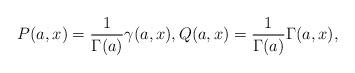
LaTeX: \begin{align*}P(a,x)=\frac{1}{\Gamma(a)}\gamma(a,x), Q(a,x)=\frac{1}{\Gamma(a)}\Gamma(a,x),\end{align*}